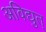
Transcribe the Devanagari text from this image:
अविद्युत्